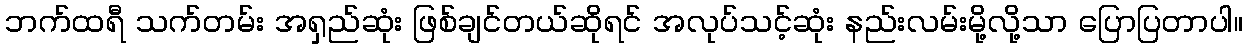
ဘက်ထရီ သက်တမ်း အရှည်ဆုံး ဖြစ်ချင်တယ်ဆိုရင် အလုပ်သင့်ဆုံး နည်းလမ်းမို့လို့သာ ပြောပြတာပါ။